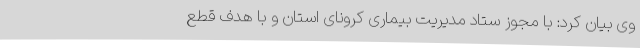
وی بیان کرد: با مجوز ستاد مدیریت بیماری کرونای استان و با هدف قطع